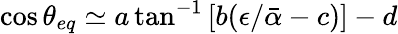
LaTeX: \cos{\theta_{eq}}\simeq a\tan^{-1}{\left[b(\epsilon/\bar{\alpha}-c)\right]}-d